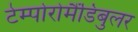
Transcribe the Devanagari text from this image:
टेम्पोरोमैंडिबुलर